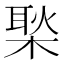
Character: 𪳎